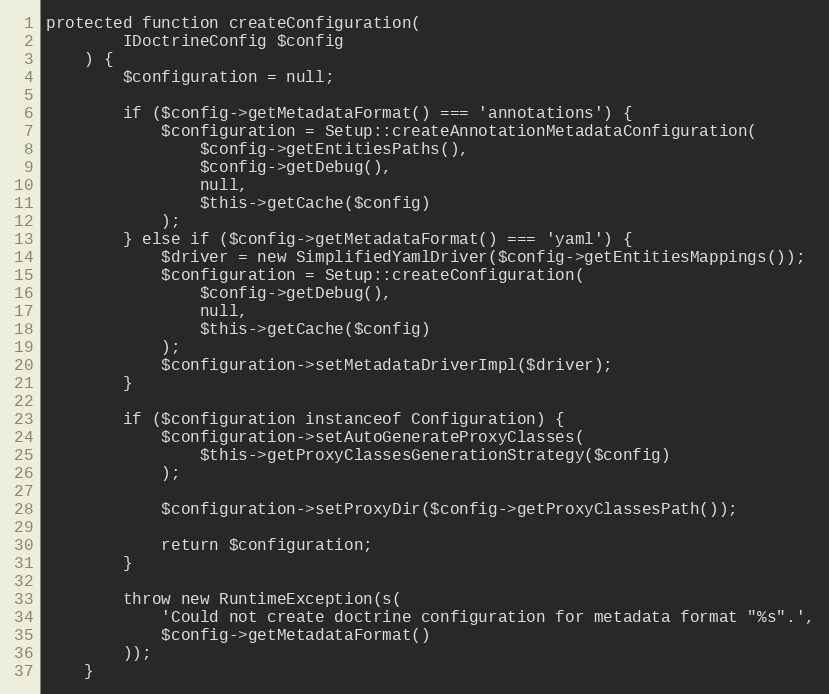
Language: PHP
protected function createConfiguration(
        IDoctrineConfig $config
    ) {
        $configuration = null;

        if ($config->getMetadataFormat() === 'annotations') {
            $configuration = Setup::createAnnotationMetadataConfiguration(
                $config->getEntitiesPaths(),
                $config->getDebug(),
                null,
                $this->getCache($config)
            );
        } else if ($config->getMetadataFormat() === 'yaml') {
            $driver = new SimplifiedYamlDriver($config->getEntitiesMappings());
            $configuration = Setup::createConfiguration(
                $config->getDebug(),
                null,
                $this->getCache($config)
            );
            $configuration->setMetadataDriverImpl($driver);
        }

        if ($configuration instanceof Configuration) {
            $configuration->setAutoGenerateProxyClasses(
                $this->getProxyClassesGenerationStrategy($config)
            );

            $configuration->setProxyDir($config->getProxyClassesPath());

            return $configuration;
        }

        throw new RuntimeException(s(
            'Could not create doctrine configuration for metadata format "%s".',
            $config->getMetadataFormat()
        ));
    }